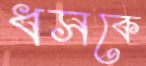
ধসকে